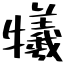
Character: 犧